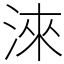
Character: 淶